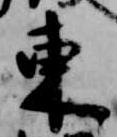
東